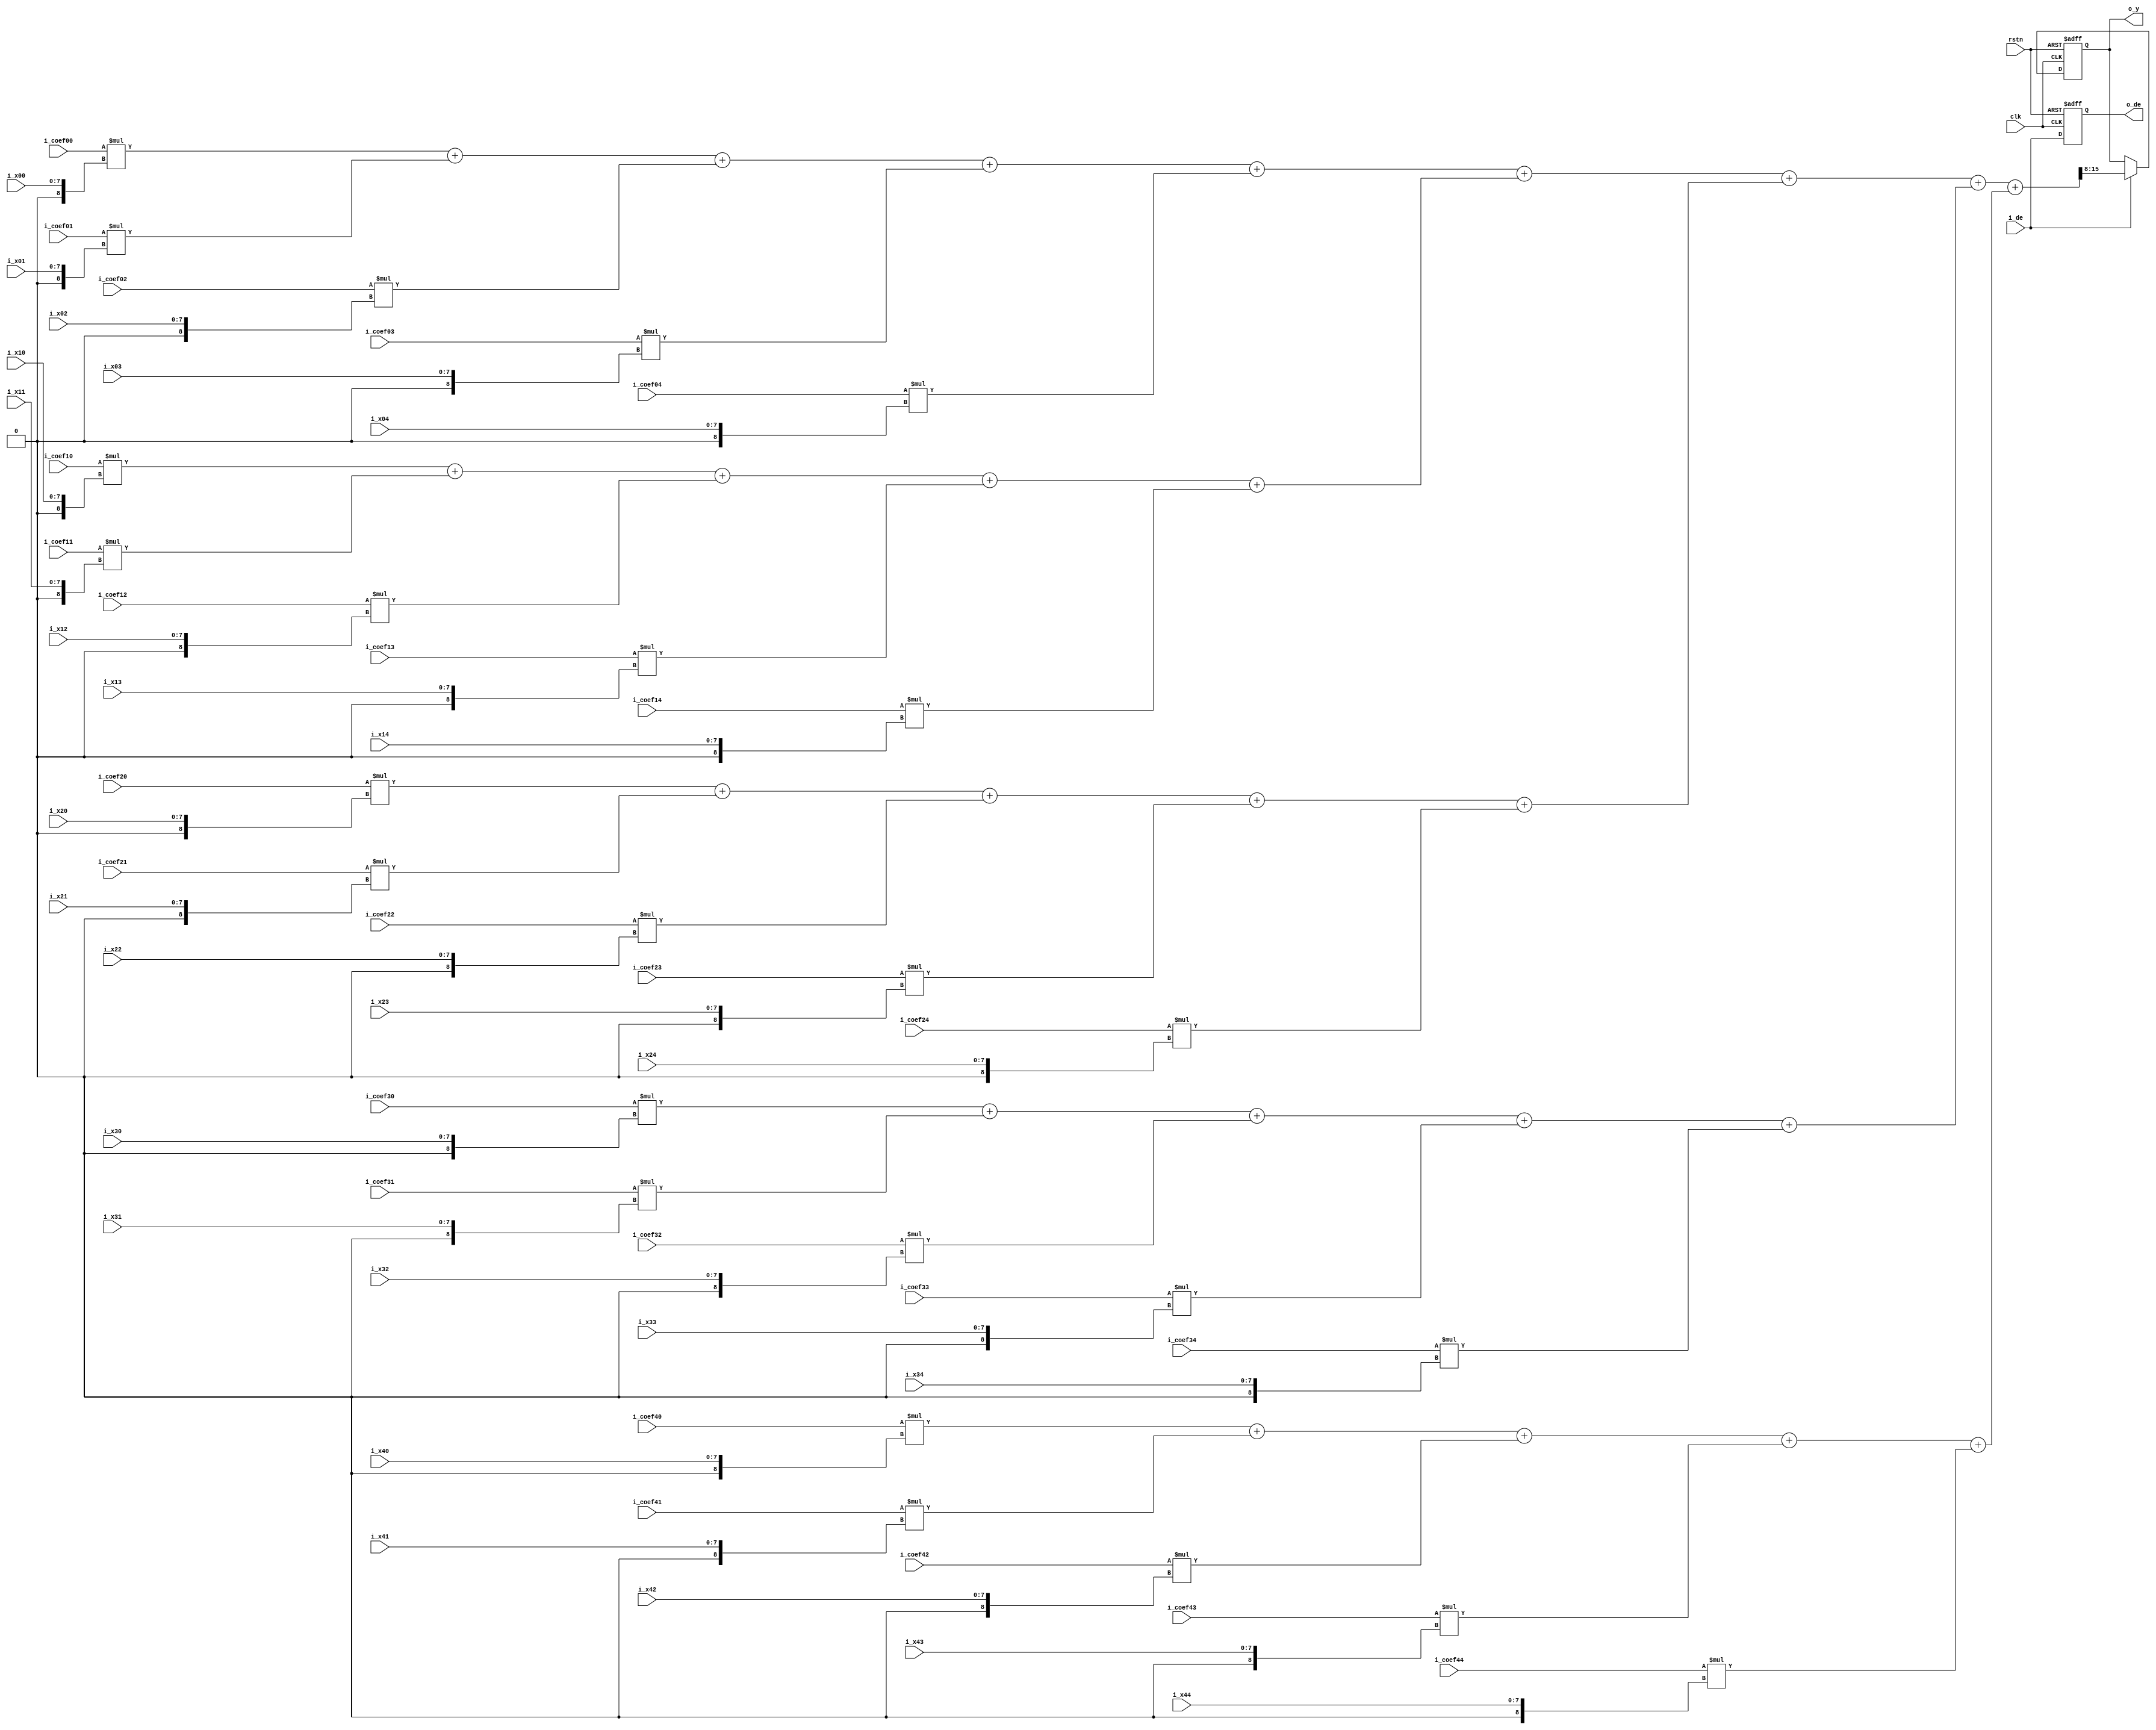
// ./list_rtl.f

module filter_conv_5x5
#(
  parameter DATA_WIDTH = 8,
  parameter COEF_WIDTH = 8
)
(
  input                         clk     ,
  input                         rstn    ,

  input signed [COEF_WIDTH-1:0] i_coef00,
  input signed [COEF_WIDTH-1:0] i_coef01,
  input signed [COEF_WIDTH-1:0] i_coef02,
  input signed [COEF_WIDTH-1:0] i_coef03,
  input signed [COEF_WIDTH-1:0] i_coef04,
  input signed [COEF_WIDTH-1:0] i_coef10,
  input signed [COEF_WIDTH-1:0] i_coef11,
  input signed [COEF_WIDTH-1:0] i_coef12,
  input signed [COEF_WIDTH-1:0] i_coef13,
  input signed [COEF_WIDTH-1:0] i_coef14,
  input signed [COEF_WIDTH-1:0] i_coef20,
  input signed [COEF_WIDTH-1:0] i_coef21,
  input signed [COEF_WIDTH-1:0] i_coef22,
  input signed [COEF_WIDTH-1:0] i_coef23,
  input signed [COEF_WIDTH-1:0] i_coef24,
  input signed [COEF_WIDTH-1:0] i_coef30,
  input signed [COEF_WIDTH-1:0] i_coef31,
  input signed [COEF_WIDTH-1:0] i_coef32,
  input signed [COEF_WIDTH-1:0] i_coef33,
  input signed [COEF_WIDTH-1:0] i_coef34,
  input signed [COEF_WIDTH-1:0] i_coef40,
  input signed [COEF_WIDTH-1:0] i_coef41,
  input signed [COEF_WIDTH-1:0] i_coef42,
  input signed [COEF_WIDTH-1:0] i_coef43,
  input signed [COEF_WIDTH-1:0] i_coef44,
  input                         i_de    ,
  input        [DATA_WIDTH-1:0] i_x00   ,
  input        [DATA_WIDTH-1:0] i_x01   ,
  input        [DATA_WIDTH-1:0] i_x02   ,
  input        [DATA_WIDTH-1:0] i_x03   ,
  input        [DATA_WIDTH-1:0] i_x04   ,
  input        [DATA_WIDTH-1:0] i_x10   ,
  input        [DATA_WIDTH-1:0] i_x11   ,
  input        [DATA_WIDTH-1:0] i_x12   ,
  input        [DATA_WIDTH-1:0] i_x13   ,
  input        [DATA_WIDTH-1:0] i_x14   ,
  input        [DATA_WIDTH-1:0] i_x20   ,
  input        [DATA_WIDTH-1:0] i_x21   ,
  input        [DATA_WIDTH-1:0] i_x22   ,
  input        [DATA_WIDTH-1:0] i_x23   ,
  input        [DATA_WIDTH-1:0] i_x24   ,
  input        [DATA_WIDTH-1:0] i_x30   ,
  input        [DATA_WIDTH-1:0] i_x31   ,
  input        [DATA_WIDTH-1:0] i_x32   ,
  input        [DATA_WIDTH-1:0] i_x33   ,
  input        [DATA_WIDTH-1:0] i_x34   ,
  input        [DATA_WIDTH-1:0] i_x40   ,
  input        [DATA_WIDTH-1:0] i_x41   ,
  input        [DATA_WIDTH-1:0] i_x42   ,
  input        [DATA_WIDTH-1:0] i_x43   ,
  input        [DATA_WIDTH-1:0] i_x44   ,
  output reg                    o_de    ,
  output reg   [DATA_WIDTH-1:0] o_y      
);
  wire signed [DATA_WIDTH:0] w_x00 = {1'b0, i_x00};
  wire signed [DATA_WIDTH:0] w_x01 = {1'b0, i_x01};
  wire signed [DATA_WIDTH:0] w_x02 = {1'b0, i_x02};
  wire signed [DATA_WIDTH:0] w_x03 = {1'b0, i_x03};
  wire signed [DATA_WIDTH:0] w_x04 = {1'b0, i_x04};
  wire signed [DATA_WIDTH:0] w_x10 = {1'b0, i_x10};
  wire signed [DATA_WIDTH:0] w_x11 = {1'b0, i_x11};
  wire signed [DATA_WIDTH:0] w_x12 = {1'b0, i_x12};
  wire signed [DATA_WIDTH:0] w_x13 = {1'b0, i_x13};
  wire signed [DATA_WIDTH:0] w_x14 = {1'b0, i_x14};
  wire signed [DATA_WIDTH:0] w_x20 = {1'b0, i_x20};
  wire signed [DATA_WIDTH:0] w_x21 = {1'b0, i_x21};
  wire signed [DATA_WIDTH:0] w_x22 = {1'b0, i_x22};
  wire signed [DATA_WIDTH:0] w_x23 = {1'b0, i_x23};
  wire signed [DATA_WIDTH:0] w_x24 = {1'b0, i_x24};
  wire signed [DATA_WIDTH:0] w_x30 = {1'b0, i_x30};
  wire signed [DATA_WIDTH:0] w_x31 = {1'b0, i_x31};
  wire signed [DATA_WIDTH:0] w_x32 = {1'b0, i_x32};
  wire signed [DATA_WIDTH:0] w_x33 = {1'b0, i_x33};
  wire signed [DATA_WIDTH:0] w_x34 = {1'b0, i_x34};
  wire signed [DATA_WIDTH:0] w_x40 = {1'b0, i_x40};
  wire signed [DATA_WIDTH:0] w_x41 = {1'b0, i_x41};
  wire signed [DATA_WIDTH:0] w_x42 = {1'b0, i_x42};
  wire signed [DATA_WIDTH:0] w_x43 = {1'b0, i_x43};
  wire signed [DATA_WIDTH:0] w_x44 = {1'b0, i_x44};
  wire signed [DATA_WIDTH+COEF_WIDTH:0] w_conv0 = i_coef00 * w_x00 + i_coef01 * w_x01 + i_coef02 * w_x02 + i_coef03 * w_x03 + i_coef04 * w_x04;
  wire signed [DATA_WIDTH+COEF_WIDTH:0] w_conv1 = i_coef10 * w_x10 + i_coef11 * w_x11 + i_coef12 * w_x12 + i_coef13 * w_x13 + i_coef14 * w_x14;
  wire signed [DATA_WIDTH+COEF_WIDTH:0] w_conv2 = i_coef20 * w_x20 + i_coef21 * w_x21 + i_coef22 * w_x22 + i_coef23 * w_x23 + i_coef24 * w_x24;
  wire signed [DATA_WIDTH+COEF_WIDTH:0] w_conv3 = i_coef30 * w_x30 + i_coef31 * w_x31 + i_coef32 * w_x32 + i_coef33 * w_x33 + i_coef34 * w_x34;
  wire signed [DATA_WIDTH+COEF_WIDTH:0] w_conv4 = i_coef40 * w_x40 + i_coef41 * w_x41 + i_coef42 * w_x42 + i_coef43 * w_x43 + i_coef44 * w_x44;
  wire signed [DATA_WIDTH+COEF_WIDTH:0] w_conv = w_conv0 + w_conv1 + w_conv2 + w_conv3 + w_conv4;

  always @(posedge clk, negedge rstn) begin
    if(!rstn)
      o_de <= 1'b0;
    else
      o_de <= i_de;
  end

  always @(posedge clk, negedge rstn) begin
    if(!rstn)
      o_y <= 'b0;
    else if (i_de)
      o_y <= w_conv[COEF_WIDTH+:DATA_WIDTH];
  end

endmodule